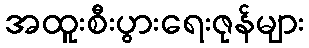
အထူးစီးပွားရေးဇုန်များ